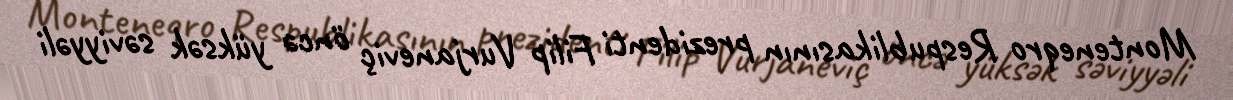
Monteneqro Respublikasının prezidenti Filip Vurjaneviç öncə yüksək səviyyəli